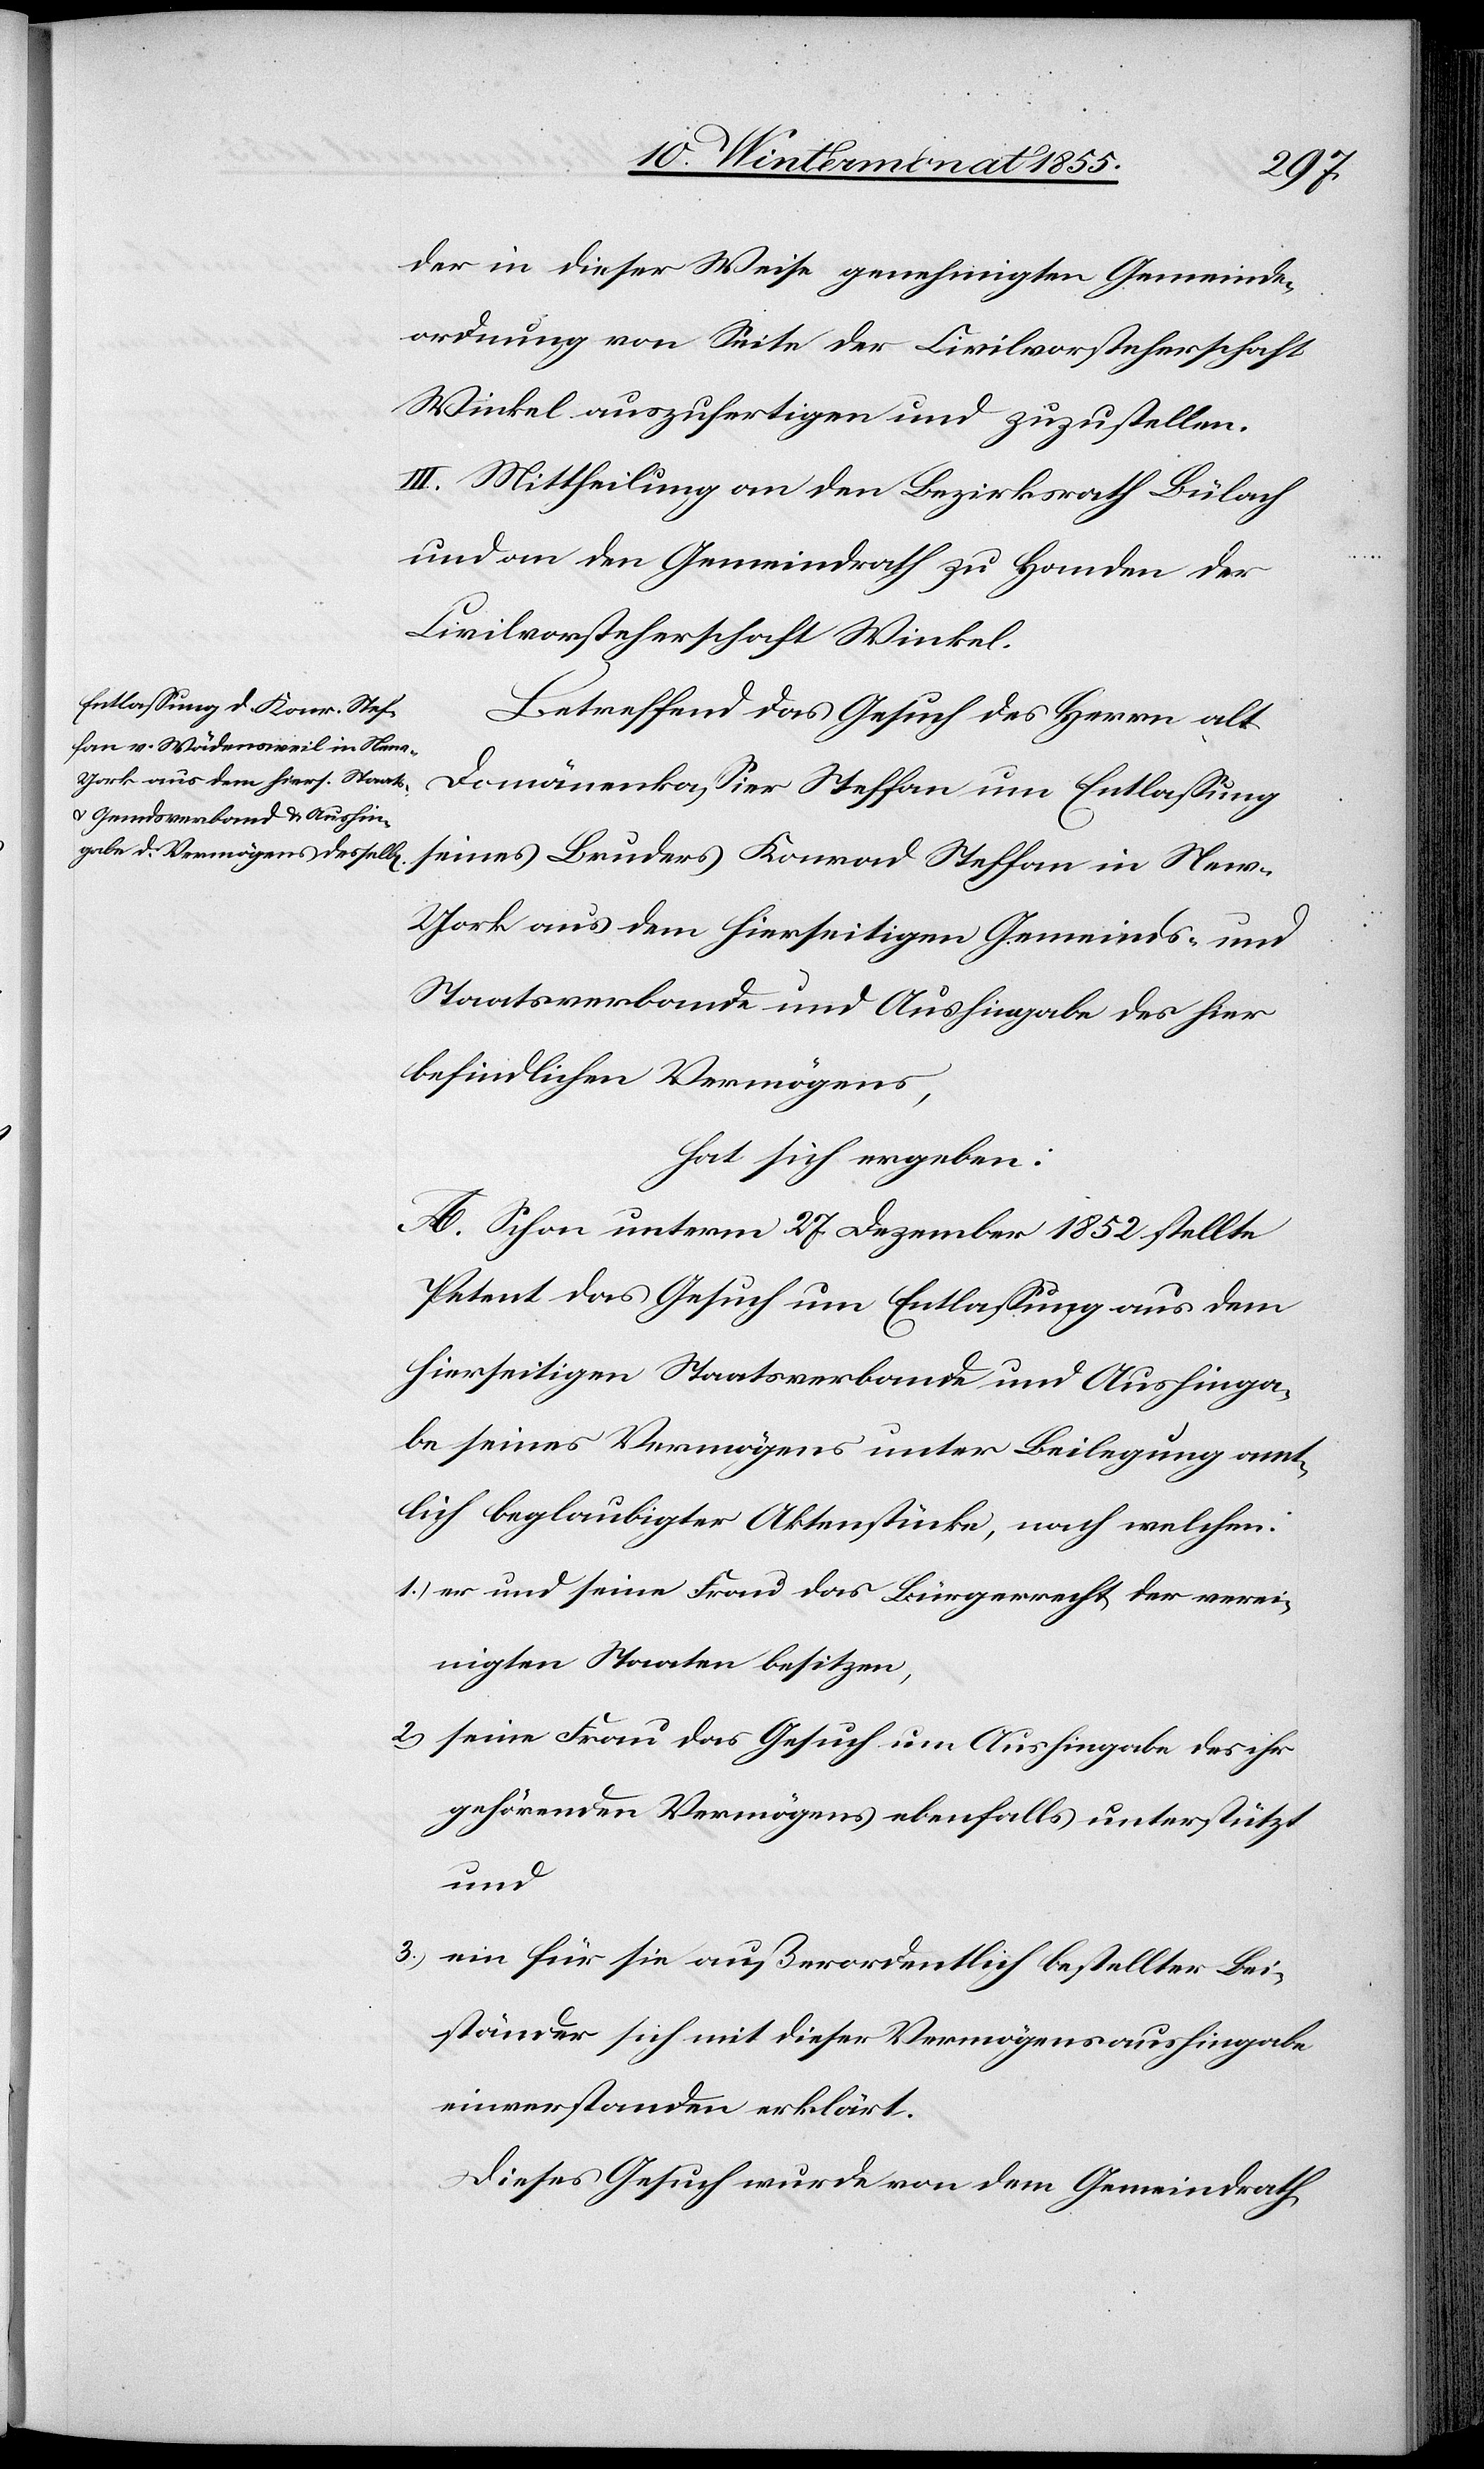
2.)
der in dieser Weise genehmigten Gemeinde¬
ordnung von Seite der Civilvorsteherschaft
Winkel auszufertigen und zuzustellen.
III. Mittheilung an den Bezirksrath Bülach
und an den Gemeindrath zu Handen der
Civilvorsteherschaft Winkel.
Betreffend das Gesuch des Herrn alt
Domänenkassier Steffan um Entlassung
seines Bruders Konrad Steffan in Ne¬
w-York aus dem hierseitigen Gemeinds- und
Staatsverbande und Aushingabe des hier
befindlichen Vermögens,
hat sich ergeben:
A. Schon unterm 27. Dezember 1852 stellte
Petent das Gesuch um Entlassung aus dem
hierseitigen Staatsverbande und Aushinga¬
be seines Vermögens unter Beilegung amt¬
lich beglaubigter Aktenstücke, nach welchen:
er und seine Frau das Bürgerrecht der verei¬
nigten Staaten besitzen,
seine Frau das Gesuch um Aushingabe des ihr
gehörenden Vermögens ebenfalls unterstützt
und
ein für sie außerordentlich bestellter Bei¬
ständer sich mit dieser Vermögensaushingabe
einverstanden erklärt.
Dieses Gesuch wurde von dem Gemeindrath